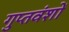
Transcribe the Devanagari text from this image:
गुप्तवंशों